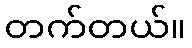
တက်တယ်။